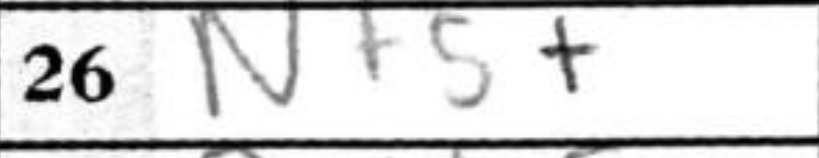
Transcription: Nf5+